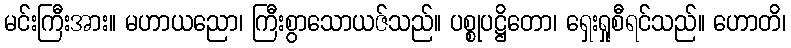
မင်းကြီးအား။ မဟာယညော၊ ကြီးစွာသောယဇ်သည်။ ပစ္စုပဋ္ဌိတော၊ ရှေးရှုစီရင်သည်။ ဟောတိ၊